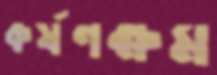
কর্ষণক্ষম